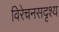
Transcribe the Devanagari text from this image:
विरेचनसदृश्य